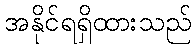
အနိုင်ရရှိထားသည်